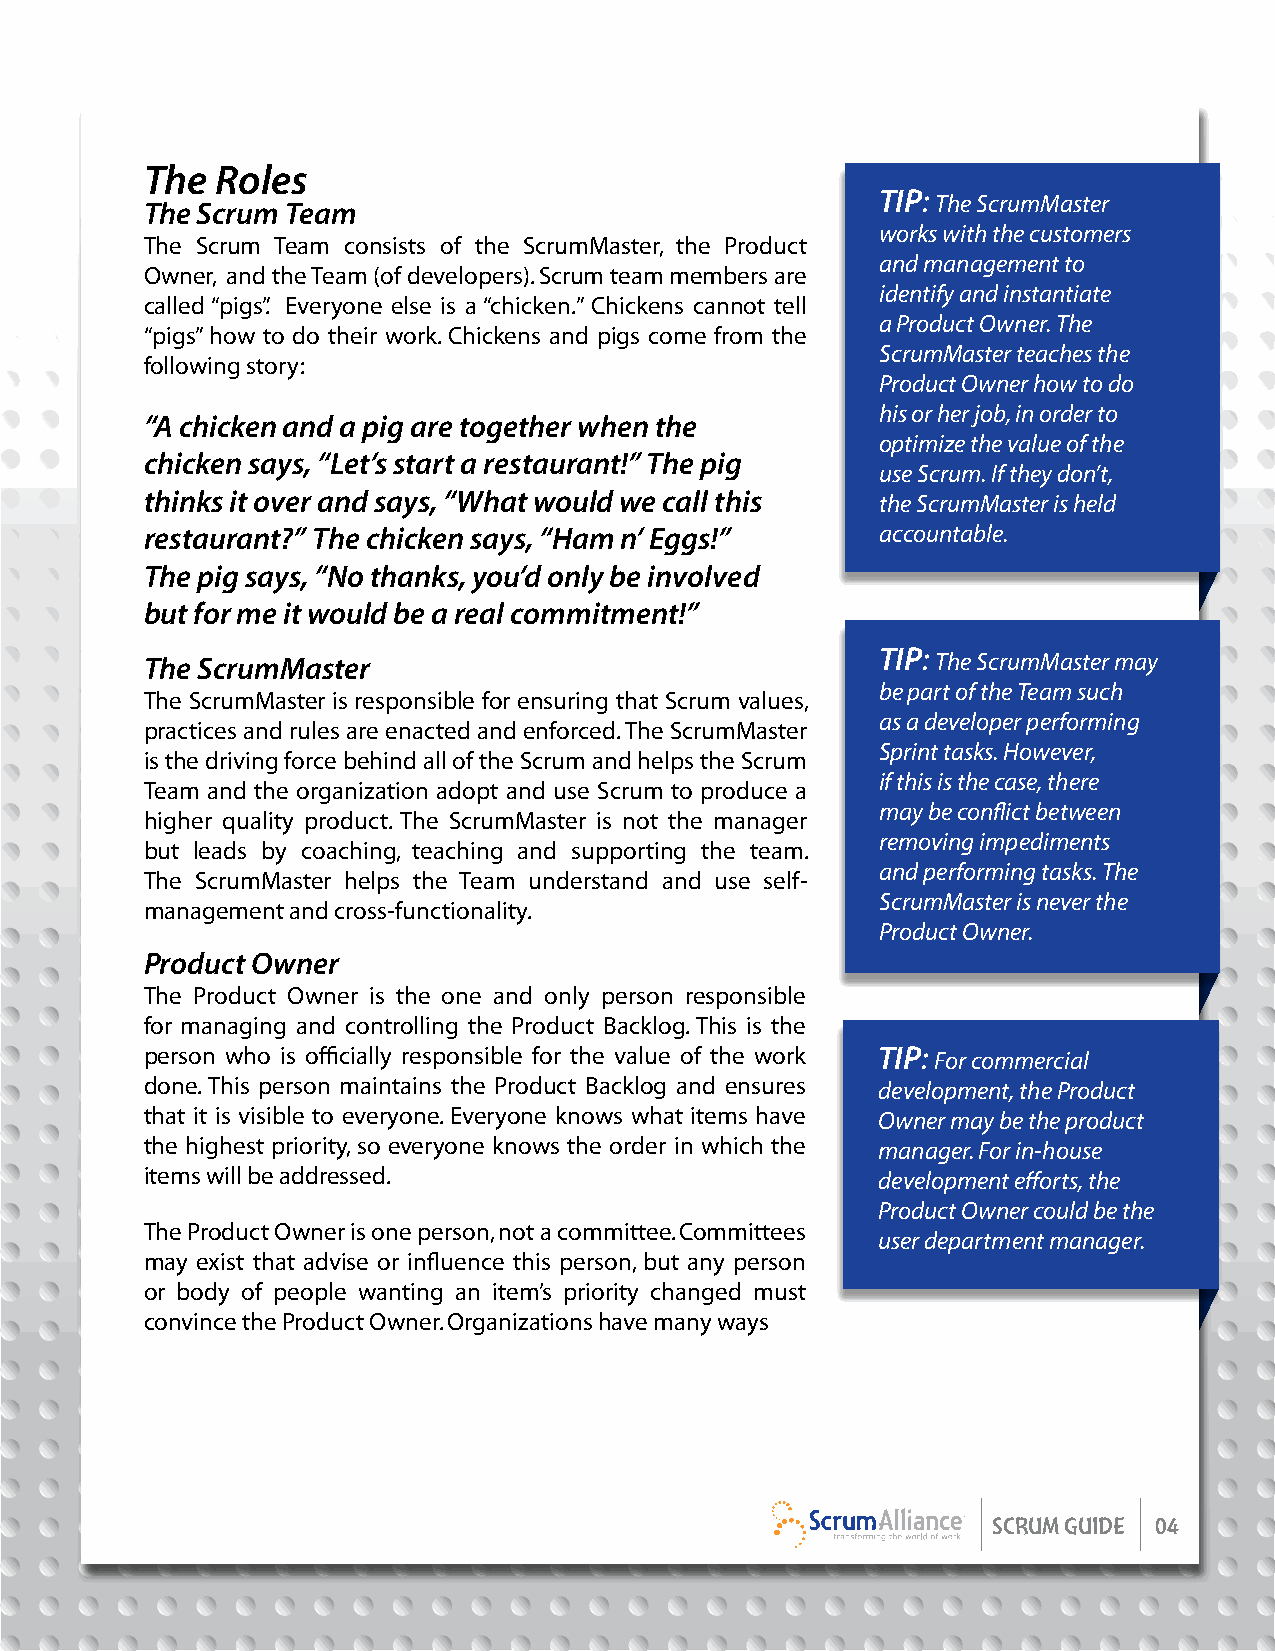
The Roles
 TIP: The ScrumMaster
 The Scrum Team
 works with the customers
 The Scrum Team consists of the ScrumMaster, the Product
 and management to
 Owner, and the Team (of developers). Scrum team members are
 identify and instantiate
 called “pigs”. Everyone else is a “chicken.” Chickens cannot tell
 a Product Owner. The
 “pigs” how to do their work. Chickens and pigs come from the
 ScrumMaster teaches the
 following story:
 Product Owner how to do
 his or her job, in order to
 “A chicken and a pig are together when the
 optimize the value of the
 chicken says, “Let’s start a restaurant!” The pig
 use Scrum. If they don’t,
 thinks it over and says, “What would we call this the ScrumMaster is held
 restaurant?” The chicken says, “Ham n’ Eggs!”   accountable.
 The pig says, “No thanks, you’d only be involved
 but for me it would be a real commitment!”
 The ScrumMaster                                 TIP: The ScrumMaster may
 be part of the Team such
 The ScrumMaster is responsible for ensuring that Scrum values,
 as a developer performing
 practices and rules are enacted and enforced. The ScrumMaster
 Sprint tasks. However,
 is the driving force behind all of the Scrum and helps the Scrum
 if this is the case, there
 Team and the organization adopt and use Scrum to produce a
 may be conflict between
 higher quality product. The ScrumMaster is not the manager
 removing impediments
 but leads by coaching, teaching and supporting the team.
 and performing tasks. The
 The ScrumMaster helps the Team understand and use self-
 ScrumMaster is never the
 management and cross-functionality.
 Product Owner.
 Product Owner
 The Product Owner is the one and only person responsible
 for managing and controlling the Product Backlog. This is the
 person who is officially responsible for the value of the work TIP: For commercial
 done. This person maintains the Product Backlog and ensures development, the Product
 that it is visible to everyone. Everyone knows what items have Owner may be the product
 the highest priority, so everyone knows the order in which the manager. For in-house
 items will be addressed.                        development efforts, the
 Product Owner could be the
 The Product Owner is one person, not a committee. Committees
 user department manager.
 may exist that advise or influence this person, but any person
 or body of people wanting an item’s priority changed must
 convince the Product Owner. Organizations have many ways
 SCRUM GUIDE 04